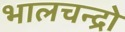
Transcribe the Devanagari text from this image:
भालचन्द्रो